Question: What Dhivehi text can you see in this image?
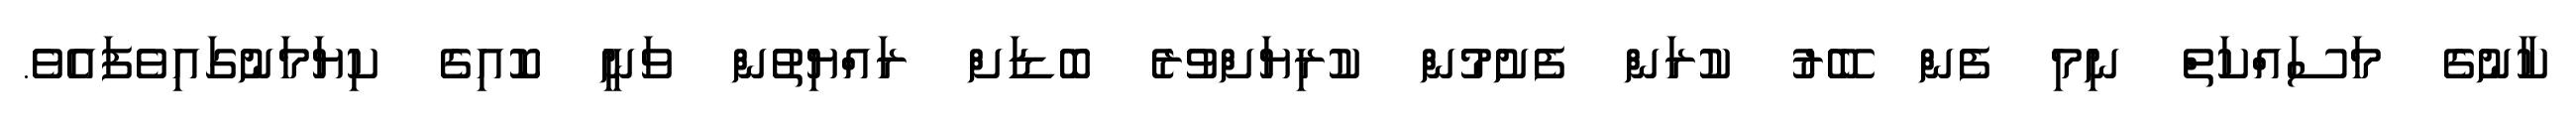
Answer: ކާނުގެ މަސައްކަތް ނިމި ފެން ބޭރު ކުރަން ފެށުމުން ކުރިޔަށްވުރެ ބޮޑަށް ރައްޔިތުން ވަނީ ކޮއިގެ ކިޔަމަނުގައިވެފައެވެ.